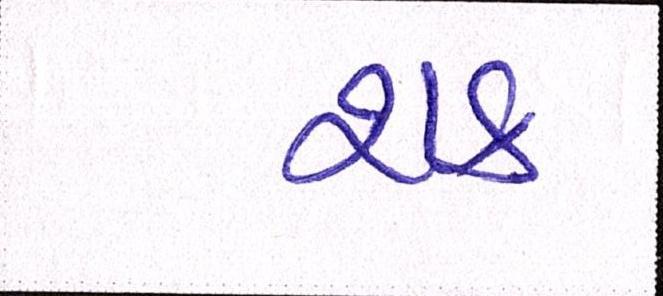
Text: શક